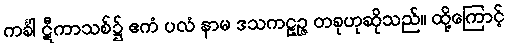
ကင်္ခါ ဋီကာသစ်၌ ဧကံ ပလံ နာမ ဒသကဠဉ္ဇ တခုဟုဆိုသည်။ ထို့ကြောင့်